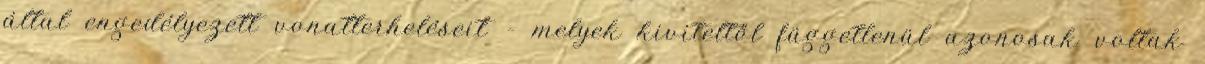
által engedélyezett vonatterheléseit – melyek kiviteltől függetlenül azonosak voltak